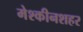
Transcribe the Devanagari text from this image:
मेश्कीनशहर